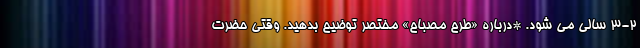
۳-۲ سالی می شود. *درباره «طرح مصباح» مختصر توضیح بدهید. وقتی حضرت